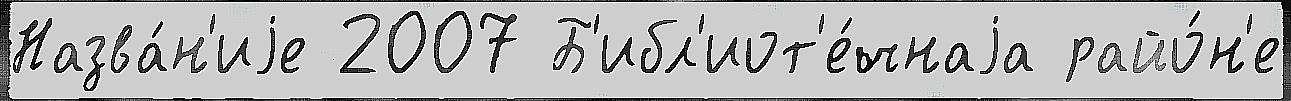
Назва́н'иjе 2007 Б'ибл'иот'е́чнаjа райо́н'е